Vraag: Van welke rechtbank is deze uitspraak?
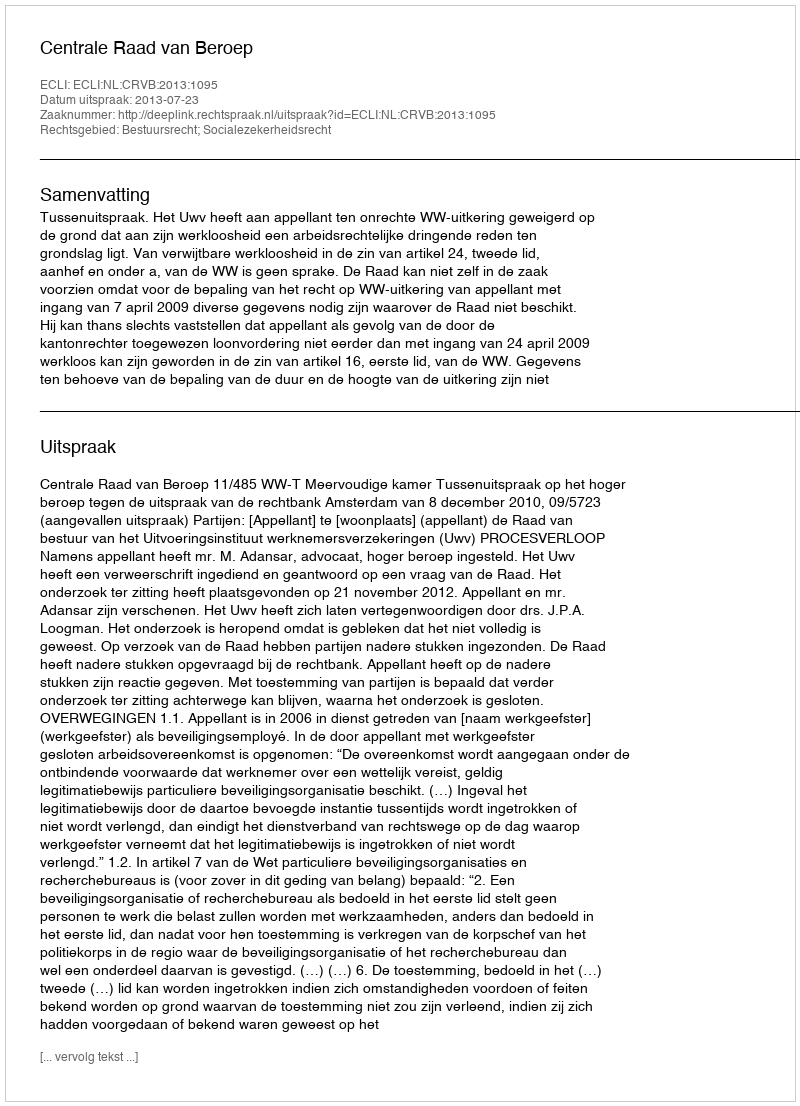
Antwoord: Centrale Raad van Beroep